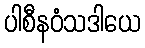
ပါစီနဝံသဒါယေ